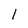
Character: 1